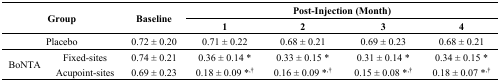
<table><thead><tr><td rowspan="2" colspan="2"><b>Group</b></td><td rowspan="2"><b>Baseline</b></td><td colspan="4"><b>Post-Injection (Month)</b></td></tr><tr><td><b>1</b></td><td><b>2</b></td><td><b>3</b></td><td><b>4</b></td></tr></thead><tbody><tr><td colspan="2">Placebo</td><td>0.72 ± 0.20</td><td>0.71 ± 0.22</td><td>0.68 ± 0.21</td><td>0.69 ± 0.23</td><td>0.68 ± 0.21</td></tr><tr><td rowspan="2">BoNTA</td><td>Fixed-sites</td><td>0.74 ± 0.21</td><td>0.36 ± 0.14 *</td><td>0.33 ± 0.15 *</td><td>0.31 ± 0.14 *</td><td>0.34 ± 0.15 *</td></tr><tr><td>Acupoint-sites</td><td>0.69 ± 0.23</td><td>0.18 ± 0.09 *<sup>,†</sup></td><td>0.16 ± 0.09 *<sup>,†</sup></td><td>0.15 ± 0.08 *<sup>,†</sup></td><td>0.18 ± 0.07 *<sup>,†</sup></td></tr></tbody></table>